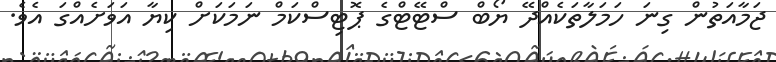
ޖަމާއަތުން ގިނަ ހަމަލާތަކެއްދޭ ޔޯބް ސްޓޭޓްގެ ޕޮޓިސްކަމް ނަމަކަށް ކިޔާ އަވަށެއްގަ އެވެ.